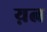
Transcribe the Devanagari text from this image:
य़त्न